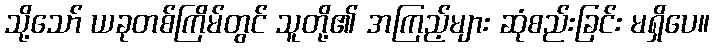
သို့သော် ယခုတစ်ကြိမ်တွင် သူတို့၏ အကြည့်များ ဆုံစည်းခြင်း မရှိပေ။